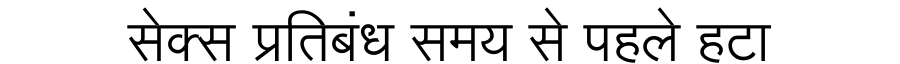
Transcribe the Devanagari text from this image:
सेक्स प्रतिबंध समय से पहले हटा